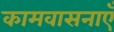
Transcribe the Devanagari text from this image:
कामवासनाएँ